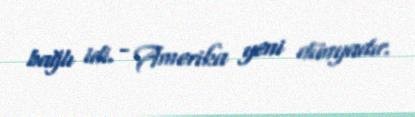
bağlı idi. - Amerika yeni dünyadır.